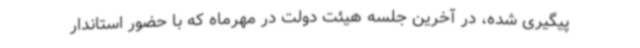
پیگیری شده، در آخرین جلسه هیئت دولت در مهرماه که با حضور استاندار